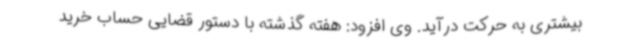
بیشتری به حرکت درآید. وی افزود: هفته گذشته با دستور قضایی حساب خرید